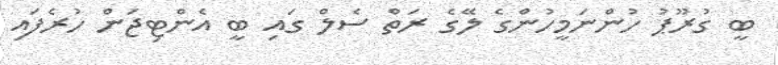
ބީ ގުރޫޕު ހުންނަމީހުންގެ ލޭގެ ރަތް ސެލް ގައި ބީ އެންޓިޖަން ހުރެފައި